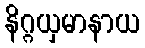
နိဂ္ဂယှမာနာယ